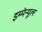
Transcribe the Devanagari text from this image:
इम्मेन्यूल